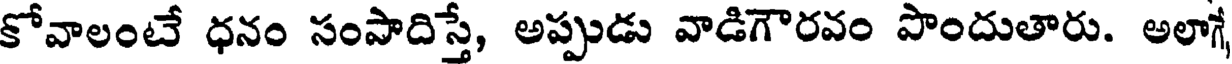
కోవాలంటే ధనం సంపాదిస్తే, అప్పుడు వాడిగౌరవం పొందుతారు. అలాగే